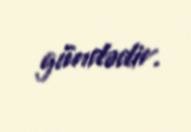
gündədir.